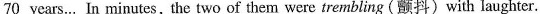
70 years.. In minutes,the two of them were trembling (颤抖)with laughter.